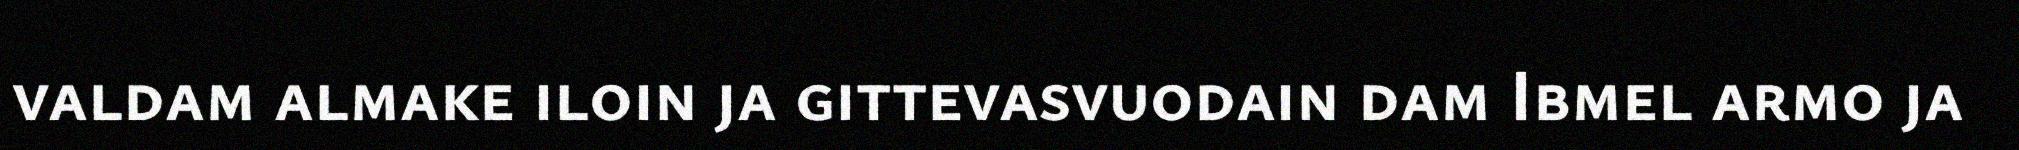
valdam almake iloin ja gittevasvuodain dam Ibmel armo ja